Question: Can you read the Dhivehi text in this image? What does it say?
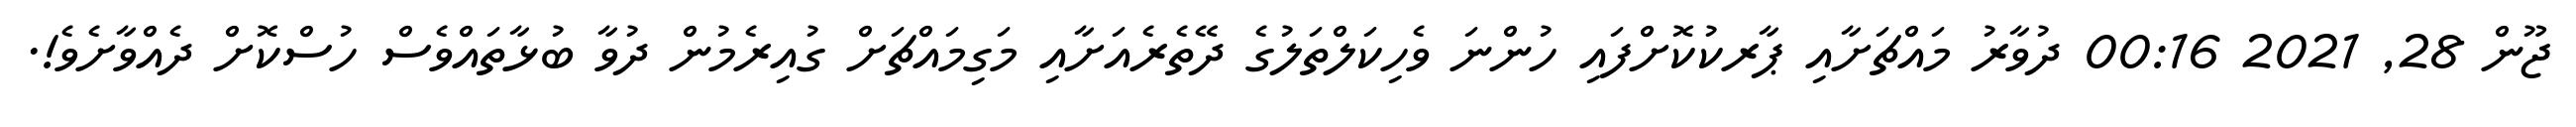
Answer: ޖޫން 28, 2021 00:16 ދުވާރު މައްޗަށާއި ޕާރކުކޮށްފައި ހުންނަ ވެހިކަލްތަލުގެ ދޭތެރެއަށާއި މަގިމައްޗަށް ގުއިރެމުން ދުވާ ބުޅާތައްވެސް ހުސްކޮށް ދެއްވާށެވެ!.